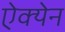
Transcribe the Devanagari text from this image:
ऐक्येन